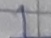
Text: 1